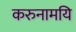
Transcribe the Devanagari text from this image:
करुनामयि